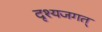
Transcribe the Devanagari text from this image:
दृश्यजगत्